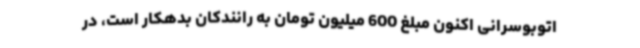
اتوبوسرانی اکنون مبلغ 600 میلیون تومان به رانندکان بدهکار است، در